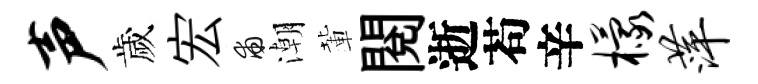
声歲宏甫潮輩閲逝苟辛檬萍